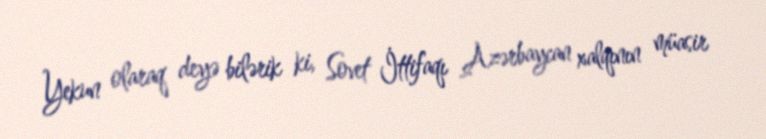
Yekun olaraq deyə bilərik ki, Sovet İttifaqı Azərbaycan xalqının müasir